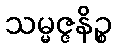
သမ္မဇ္ဇနိဉ္စ